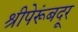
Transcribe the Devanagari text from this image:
श्रीपेरूंबदूर